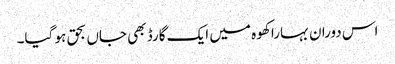
اس دوران بہارا کھوہ میں ایک گارڈ بھی جاں بحق ہو گیا۔